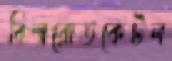
বিশ্বরোডকেটল